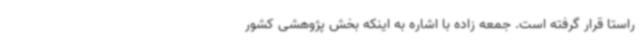
راستا قرار گرفته است. جمعه زاده با اشاره به اینکه بخش پژوهشی کشور